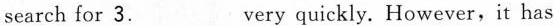
search for 3.___very quickly. However,it has